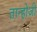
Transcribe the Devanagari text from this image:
तान्होजी